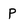
Character: P